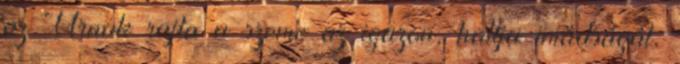
az Úrnak rajta a szeme az igazon, hallja imádságát,